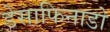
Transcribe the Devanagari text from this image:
डेसाफिनाडो